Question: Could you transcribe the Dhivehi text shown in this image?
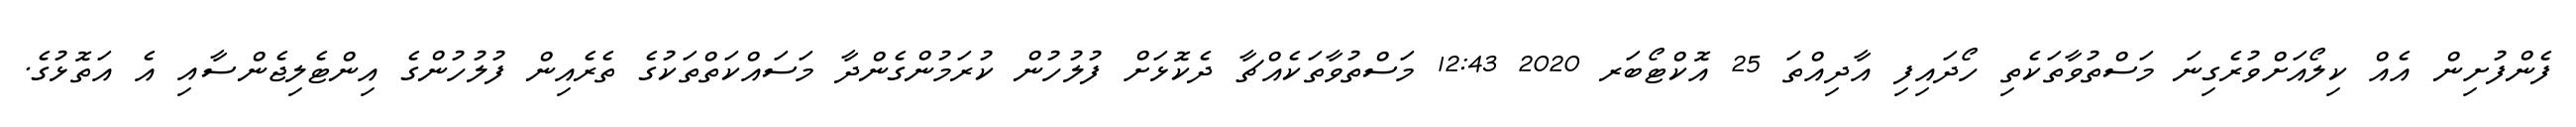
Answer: ފެންފުށިން އެއް ކިލޯއަށްވުރެގިނަ މަސްތުވާތަކެތި ހޯދައިފި އާދިއްތަ 25 އޮކްޓޯބަރ 2020 12:43 މަސްތުވާތަކެއްޗާ ދެކޮޅަށް ފުލުހުން ކުރަމުންގެންދާ މަސައްކަތްތަކުގެ ތެރެއިން ފުލުހުންގެ އިންޓެލިޖެންސާއި އެ އަތޮޅުގެ.